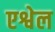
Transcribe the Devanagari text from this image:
एश्वेल